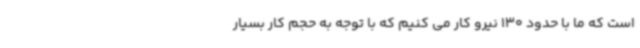
است که ما با حدود 130 نیرو کار می کنیم که با توجه به حجم کار بسیار